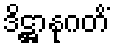
ဒိဋ္ဌာနုဂတိံ